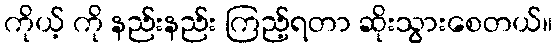
ကိုယ့် ကို နည်းနည်း ကြည့်ရတာ ဆိုးသွားစေတယ်။